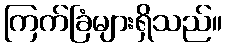
ကြက်ခြံများရှိသည်။